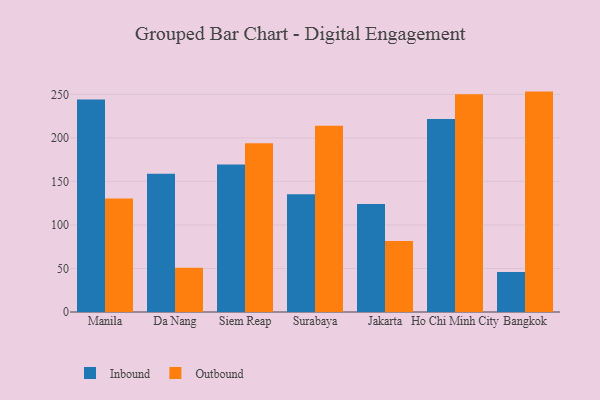
{"axis": {"x": "City", "y": "Active Users"}, "legend": ["Inbound", "Outbound"], "data": [{"x": "Manila", "y": 244.1, "type": "Inbound"}, {"x": "Manila", "y": 130.4, "type": "Outbound"}, {"x": "Da Nang", "y": 158.8, "type": "Inbound"}, {"x": "Da Nang", "y": 50.9, "type": "Outbound"}, {"x": "Siem Reap", "y": 169.5, "type": "Inbound"}, {"x": "Siem Reap", "y": 193.9, "type": "Outbound"}, {"x": "Surabaya", "y": 135.1, "type": "Inbound"}, {"x": "Surabaya", "y": 214.0, "type": "Outbound"}, {"x": "Jakarta", "y": 123.9, "type": "Inbound"}, {"x": "Jakarta", "y": 81.6, "type": "Outbound"}, {"x": "Ho Chi Minh City", "y": 221.7, "type": "Inbound"}, {"x": "Ho Chi Minh City", "y": 250.1, "type": "Outbound"}, {"x": "Bangkok", "y": 45.8, "type": "Inbound"}, {"x": "Bangkok", "y": 253.1, "type": "Outbound"}]}